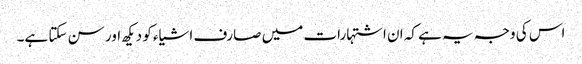
اس کی وجہ یہ ہے کہ ان اشتہارات میں صارف اشیاء کو دیکھ اور سن سکتا ہے۔